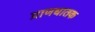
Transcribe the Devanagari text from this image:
प्राणधातक